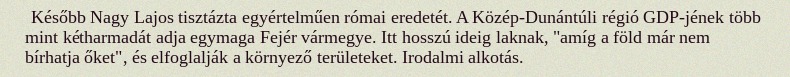
Később Nagy Lajos tisztázta egyértelműen római eredetét. A Közép-Dunántúli régió GDP-jének több mint kétharmadát adja egymaga Fejér vármegye. Itt hosszú ideig laknak, "amíg a föld már nem bírhatja őket", és elfoglalják a környező területeket. Irodalmi alkotás.